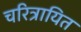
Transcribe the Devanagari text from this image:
चरित्रायित